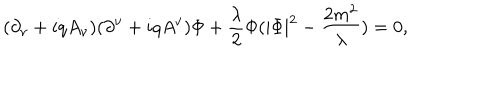
LaTeX: ( \partial _ { \nu } + i q A _ { \nu } ) ( \partial ^ { \nu } + i q A ^ { \nu } ) \Phi + \frac { \lambda } { 2 } \Phi ( | \Phi | ^ { 2 } - \frac { 2 m ^ { 2 } } { \lambda } ) = 0 ,